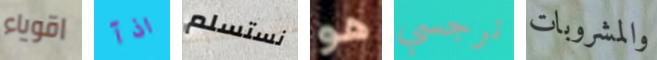
اقوياء اذآ نستسلم هو نرجسي والمشروبات